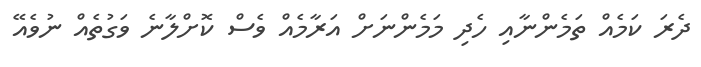
ދެރަ ކަމެއް ތަމެންނާއި ހެދި މަމެންނަށް އަރާމެއް ވެސް ކޮށްލާނެ ވަގުތެއް ނުވެއޭ